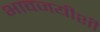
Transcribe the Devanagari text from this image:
भावजयीशी